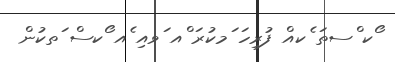
ޯކ ްސތަ ެކއް ފުރިހަ ަމކުރަ ްއ ަވއި ެއ ޯކސް ަތކުން